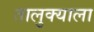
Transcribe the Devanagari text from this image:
तालुक्‍याला